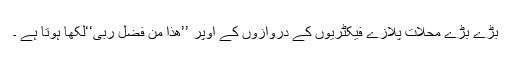
بڑے بڑے محلات پلازے فیکٹریوں کے دروازوں کے اوپر ’’ھذا من فضل ربی‘‘لکھا ہوتا ہے ۔